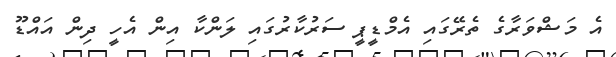
އެ މަޝްވަރާގެ ތެރޭގައި އެމްޑީޕީ ސަރުކާރުގައި ލަންކާ އިން އެހީ ދިން އައްޑޫ